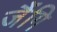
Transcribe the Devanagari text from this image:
जैंगि